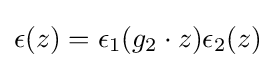
\epsilon (z)=\epsilon _{1}(g_{2}\cdot z)\epsilon _{2}(z)